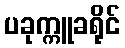
ပခုက္ကူခရိုင်